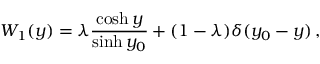
W _ { 1 } ( y ) = \lambda \frac { \cosh y } { \sinh y _ { 0 } } + ( 1 - \lambda ) \delta ( y _ { 0 } - y ) \, ,